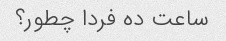
ساعت ده فردا چطور؟